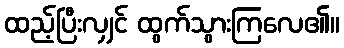
ထည့်ပြီးလျှင် ထွက်သွားကြလေ၏။